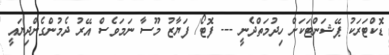
ޑޮކްޓަރަކު ޕޭޝަންޓަކަށް ހިދުމަތްދެނީ --- ފޮޓޯ/ ފަޔާޒު މޫސާ ނަމަވެސް އޭރު ދެމުންގެންދިޔައީ